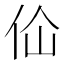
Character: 佡